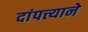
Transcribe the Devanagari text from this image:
दांपत्त्याने